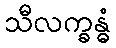
သီလက္ခန္ဓံ